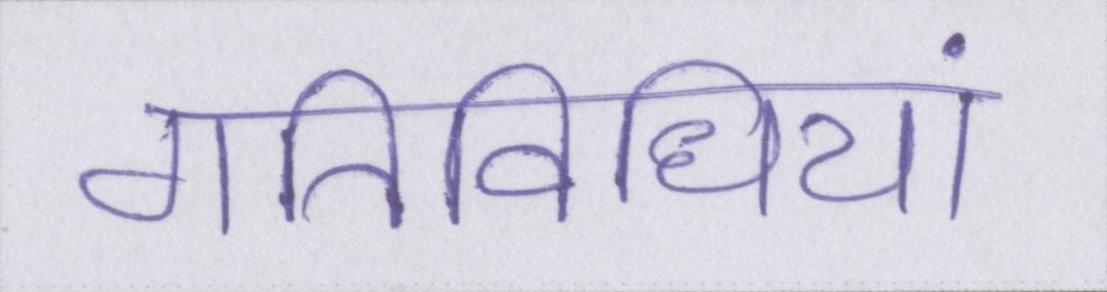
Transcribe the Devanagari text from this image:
गतिविधियां